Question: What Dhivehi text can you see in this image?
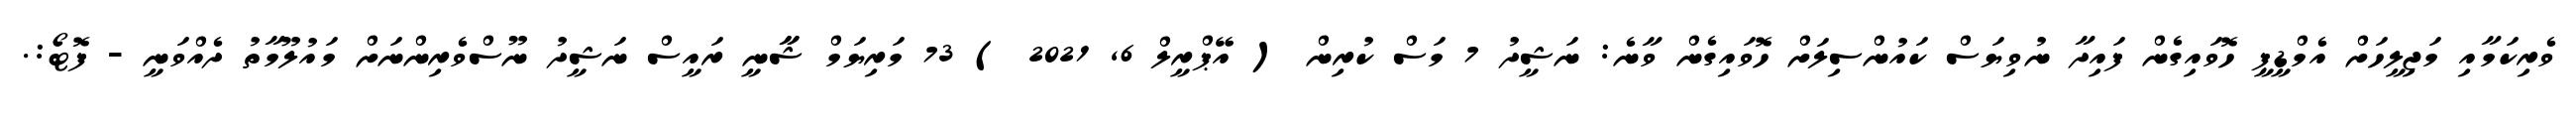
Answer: ވެރިކަމާއި މަޖިލީހަށް އެމްޑީޕީ ހޮވައިގެން ފައިދާ ނުވިޔަސް ކައުންސިލަށް ހޮވައިގެން ވާނެ: ނަޝީދު 7 މަސް ކުރިން ( އޭޕްރީލް 6, 2021 ) 73 މަރިޔަމް ޝާާނީ ރައީސް ނަޝީދު ނޫސްވެރިންނަށް މައުލޫމާތު ދެއްވަނީ - ފޮޓޯ:.